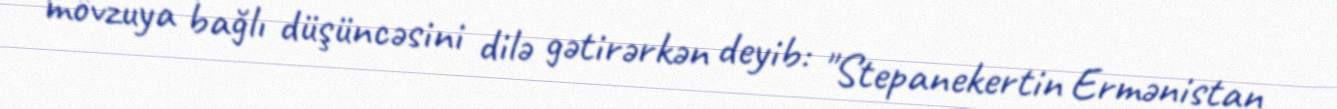
mövzuya bağlı düşüncəsini dilə gətirərkən deyib: "Stepanekertin Ermənistan